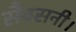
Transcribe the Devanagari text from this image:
सैक्सनी।